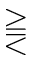
\gtreqqless